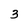
Character: 3